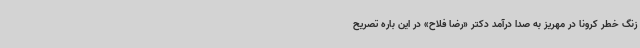
زنگ خطر کرونا در مهریز به صدا درآمد دکتر «رضا فلاح» در این باره تصریح